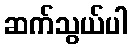
ဆက်သွယ်ပါ